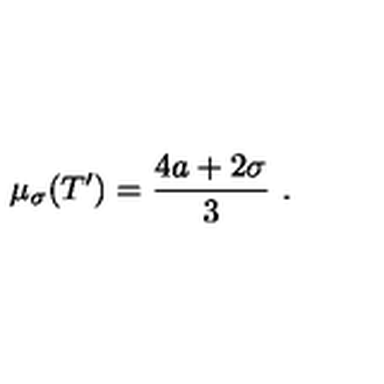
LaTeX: \mu _ { \sigma } ( T ^ { \prime } ) = \frac { 4 a + 2 \sigma } { 3 } \ .